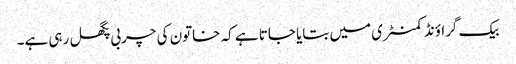
بیک گراؤنڈ کمنٹری میں بتایا جاتا ہے کہ خاتون کی چربی پگھل رہی ہے۔